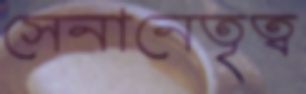
সেনানেতৃত্ব